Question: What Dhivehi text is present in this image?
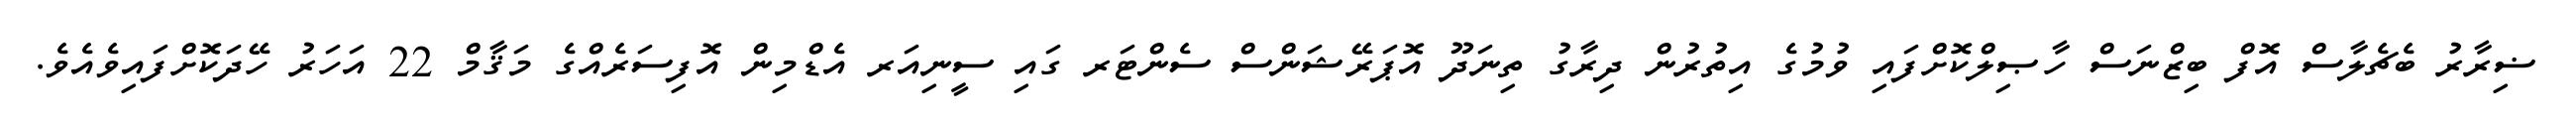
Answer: ޟިރާރު ބެޗެލާސް އޮފް ބިޒްނަސް ހާޞިލްކޮށްފައި ވުމުގެ އިތުރުން ދިރާގު ތިނަދޫ އޮޕަރޭޝަންސް ސެންޓަރ ގައި ސީނިއަރ އެޑްމިން އޮފިސަރެއްގެ މަޤާމް 22 އަހަރު ހޭދަކޮށްފައިވެއެވެ.